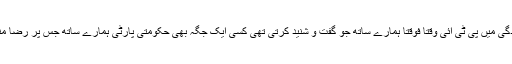
انہوںنے کہاکہ پی ٹی آئی متبادل قیادت لے آئے،کم از کم ان کی موجودگی میں پی ٹی آئی وقتا فوقتا ہمارے ساتھ جو گفت و شنید کرتی تھی کسی ایک جگہ بھی حکومتی پارٹی ہمارے ساتھ جس پر رضا مندی ظاہر کرتی تھی وہ ایک بات بھی عمران خان سے نہیں منوا سکے۔